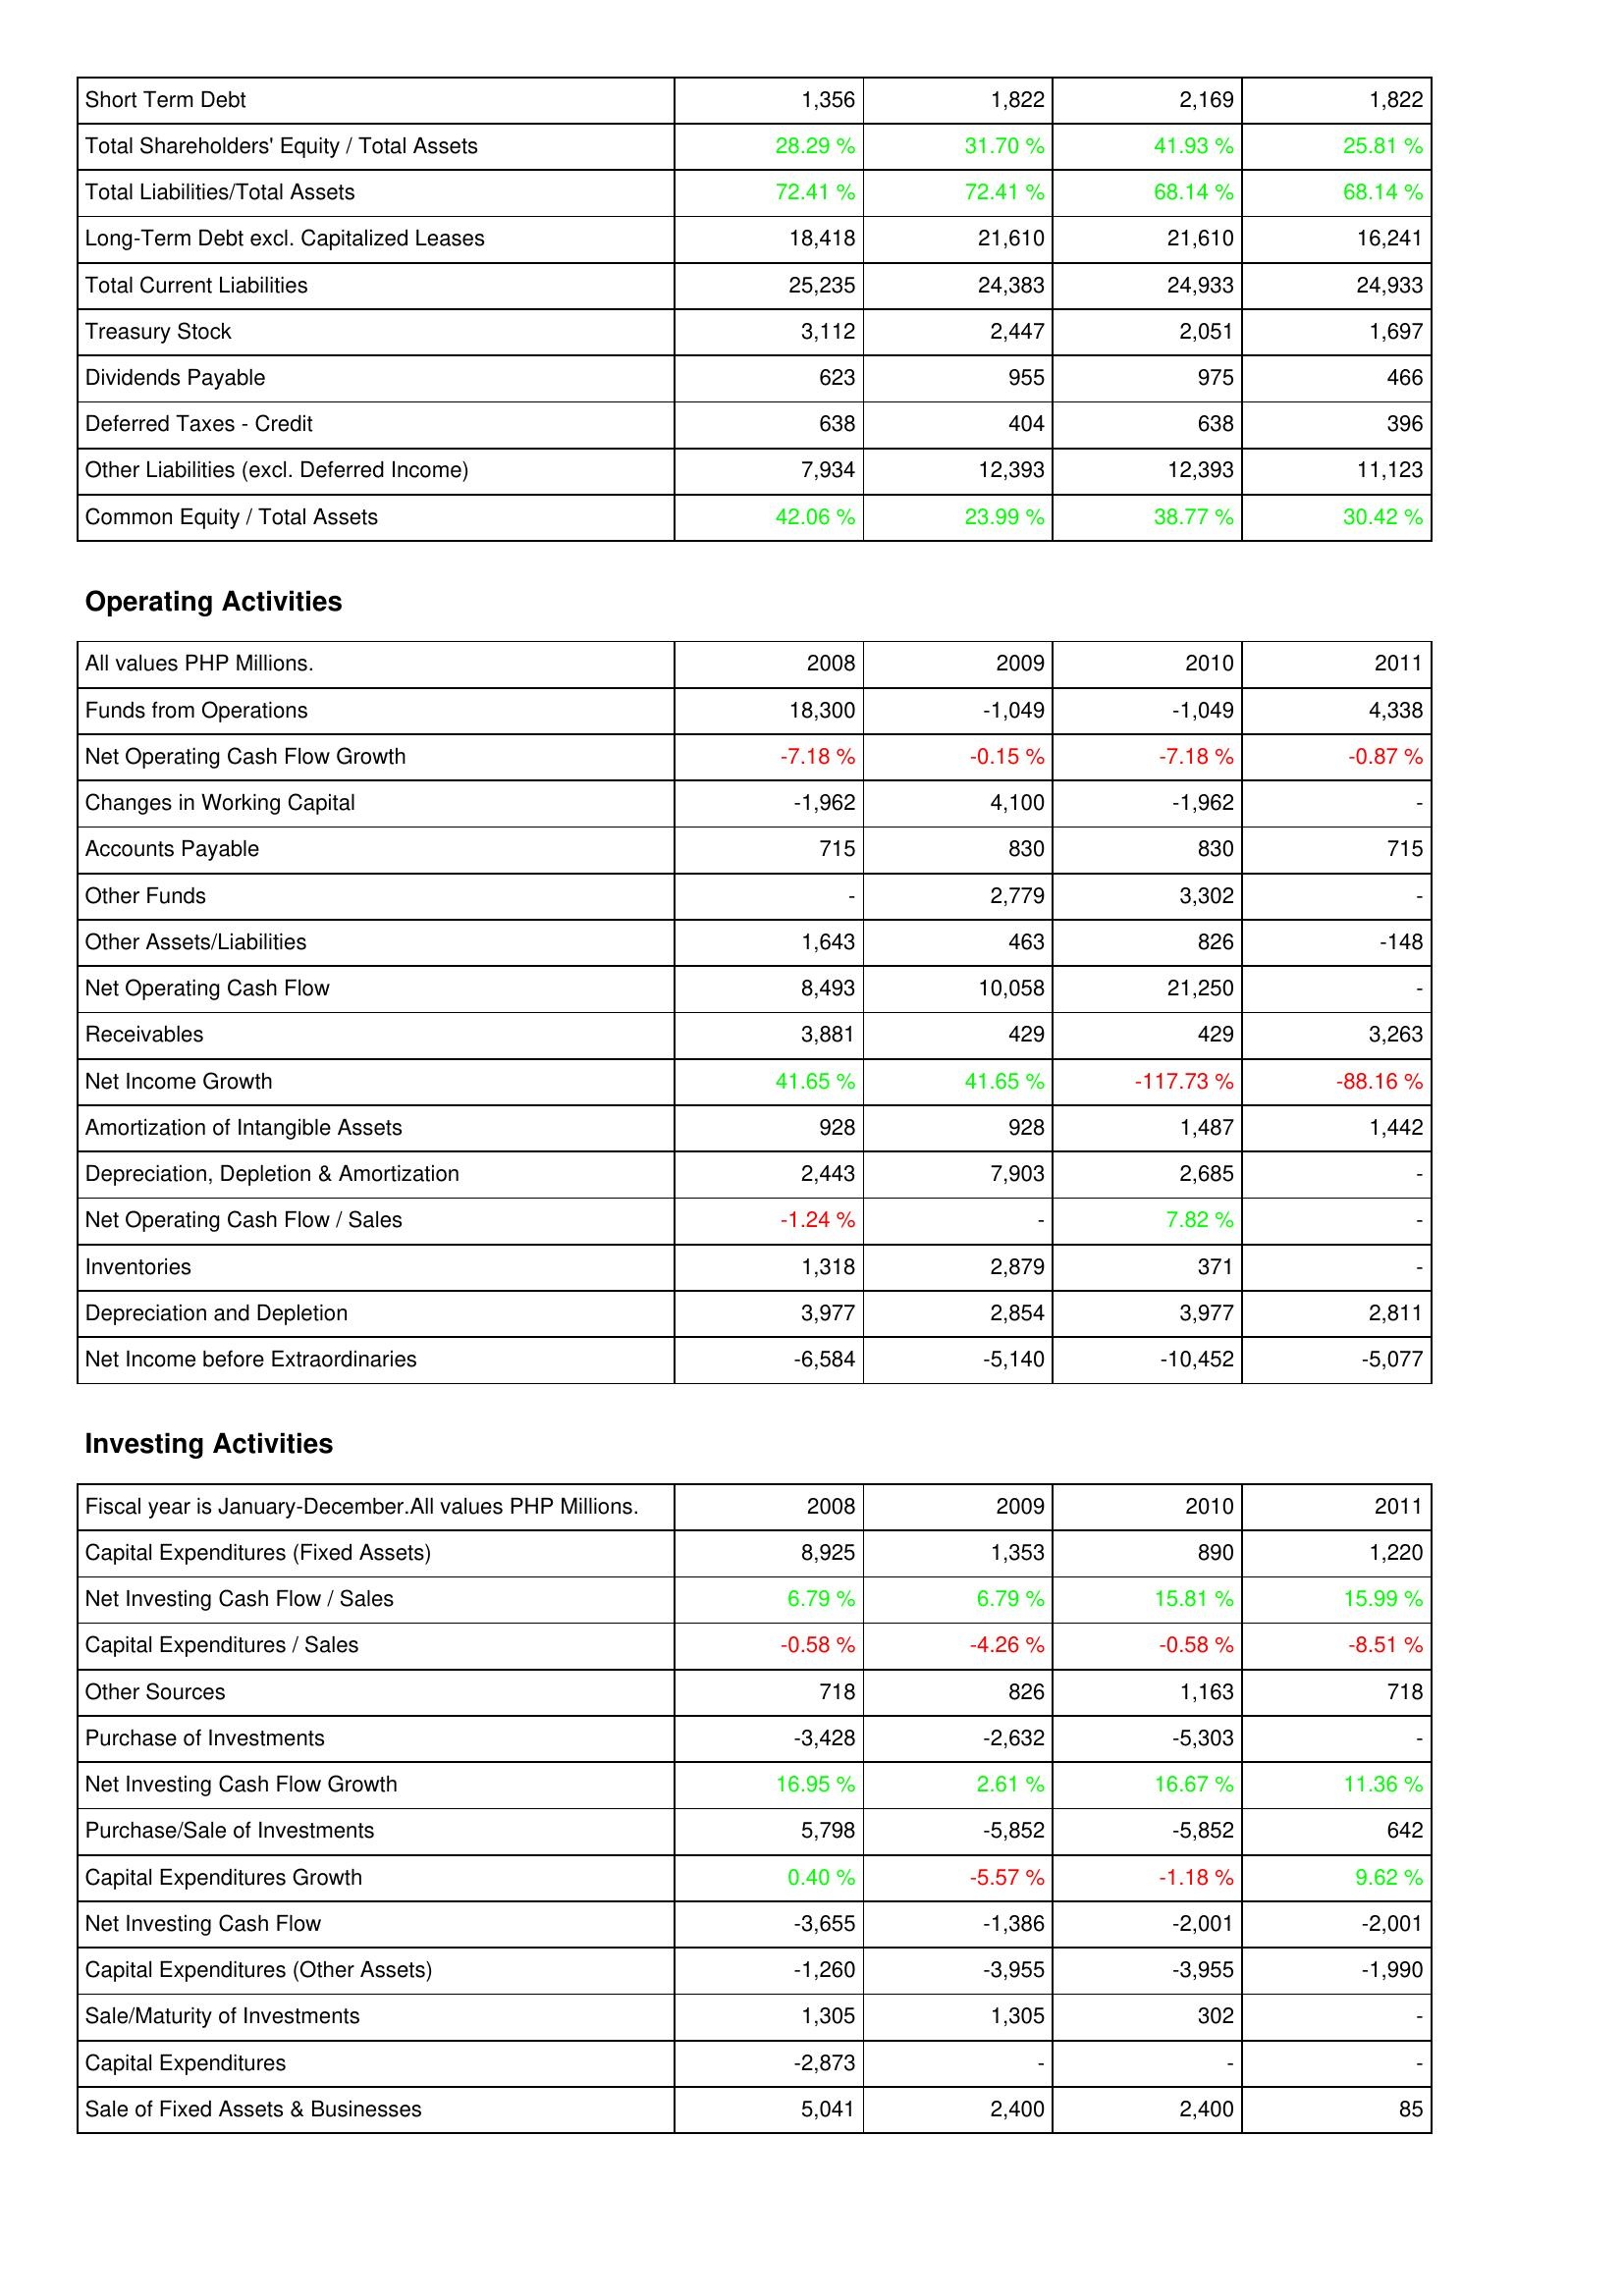
2008: Liabilities & Shareholders' Equity: Short Term Debt: 1,356
Total Shareholders' Equity / Total Assets: 28.29 %
Total Liabilities/Total Assets: 72.41 %
Long-Term Debt excl. Capitalized Leases: 18,418
Total Current Liabilities: 25,235
Treasury Stock: 3,112
Dividends Payable: 623
Deferred Taxes - Credit: 638
Other Liabilities (excl. Deferred Income): 7,934
Common Equity / Total Assets: 42.06 %
Operating Activities: Funds from Operations: 18,300
Net Operating Cash Flow Growth: -7.18 %
Changes in Working Capital: -1,962
Accounts Payable: 715
Other Funds: -
Other Assets/Liabilities: 1,643
Net Operating Cash Flow: 8,493
Receivables: 3,881
Net Income Growth: 41.65 %
Amortization of Intangible Assets: 928
Depreciation, Depletion & Amortization: 2,443
Net Operating Cash Flow / Sales: -1.24 %
Inventories: 1,318
Depreciation and Depletion: 3,977
Net Income before Extraordinaries: -6,584
Investing Activities: Capital Expenditures (Fixed Assets): 8,925
Net Investing Cash Flow / Sales: 6.79 %
Capital Expenditures / Sales: -0.58 %
Other Sources: 718
Purchase of Investments: -3,428
Net Investing Cash Flow Growth: 16.95 %
Purchase/Sale of Investments: 5,798
Capital Expenditures Growth: 0.40 %
Net Investing Cash Flow: -3,655
Capital Expenditures (Other Assets): -1,260
Sale/Maturity of Investments: 1,305
Capital Expenditures: -2,873
Sale of Fixed Assets & Businesses: 5,041
2009: Liabilities & Shareholders' Equity: Short Term Debt: 1,822
Total Shareholders' Equity / Total Assets: 31.70 %
Total Liabilities/Total Assets: 72.41 %
Long-Term Debt excl. Capitalized Leases: 21,610
Total Current Liabilities: 24,383
Treasury Stock: 2,447
Dividends Payable: 955
Deferred Taxes - Credit: 404
Other Liabilities (excl. Deferred Income): 12,393
Common Equity / Total Assets: 23.99 %
Operating Activities: Funds from Operations: -1,049
Net Operating Cash Flow Growth: -0.15 %
Changes in Working Capital: 4,100
Accounts Payable: 830
Other Funds: 2,779
Other Assets/Liabilities: 463
Net Operating Cash Flow: 10,058
Receivables: 429
Net Income Growth: 41.65 %
Amortization of Intangible Assets: 928
Depreciation, Depletion & Amortization: 7,903
Net Operating Cash Flow / Sales: -
Inventories: 2,879
Depreciation and Depletion: 2,854
Net Income before Extraordinaries: -5,140
Investing Activities: Capital Expenditures (Fixed Assets): 1,353
Net Investing Cash Flow / Sales: 6.79 %
Capital Expenditures / Sales: -4.26 %
Other Sources: 826
Purchase of Investments: -2,632
Net Investing Cash Flow Growth: 2.61 %
Purchase/Sale of Investments: -5,852
Capital Expenditures Growth: -5.57 %
Net Investing Cash Flow: -1,386
Capital Expenditures (Other Assets): -3,955
Sale/Maturity of Investments: 1,305
Capital Expenditures: -
Sale of Fixed Assets & Businesses: 2,400
2010: Liabilities & Shareholders' Equity: Short Term Debt: 2,169
Total Shareholders' Equity / Total Assets: 41.93 %
Total Liabilities/Total Assets: 68.14 %
Long-Term Debt excl. Capitalized Leases: 21,610
Total Current Liabilities: 24,933
Treasury Stock: 2,051
Dividends Payable: 975
Deferred Taxes - Credit: 638
Other Liabilities (excl. Deferred Income): 12,393
Common Equity / Total Assets: 38.77 %
Operating Activities: Funds from Operations: -1,049
Net Operating Cash Flow Growth: -7.18 %
Changes in Working Capital: -1,962
Accounts Payable: 830
Other Funds: 3,302
Other Assets/Liabilities: 826
Net Operating Cash Flow: 21,250
Receivables: 429
Net Income Growth: -117.73 %
Amortization of Intangible Assets: 1,487
Depreciation, Depletion & Amortization: 2,685
Net Operating Cash Flow / Sales: 7.82 %
Inventories: 371
Depreciation and Depletion: 3,977
Net Income before Extraordinaries: -10,452
Investing Activities: Capital Expenditures (Fixed Assets): 890
Net Investing Cash Flow / Sales: 15.81 %
Capital Expenditures / Sales: -0.58 %
Other Sources: 1,163
Purchase of Investments: -5,303
Net Investing Cash Flow Growth: 16.67 %
Purchase/Sale of Investments: -5,852
Capital Expenditures Growth: -1.18 %
Net Investing Cash Flow: -2,001
Capital Expenditures (Other Assets): -3,955
Sale/Maturity of Investments: 302
Capital Expenditures: -
Sale of Fixed Assets & Businesses: 2,400
2011: Liabilities & Shareholders' Equity: Short Term Debt: 1,822
Total Shareholders' Equity / Total Assets: 25.81 %
Total Liabilities/Total Assets: 68.14 %
Long-Term Debt excl. Capitalized Leases: 16,241
Total Current Liabilities: 24,933
Treasury Stock: 1,697
Dividends Payable: 466
Deferred Taxes - Credit: 396
Other Liabilities (excl. Deferred Income): 11,123
Common Equity / Total Assets: 30.42 %
Operating Activities: Funds from Operations: 4,338
Net Operating Cash Flow Growth: -0.87 %
Changes in Working Capital: -
Accounts Payable: 715
Other Funds: -
Other Assets/Liabilities: -148
Net Operating Cash Flow: -
Receivables: 3,263
Net Income Growth: -88.16 %
Amortization of Intangible Assets: 1,442
Depreciation, Depletion & Amortization: -
Net Operating Cash Flow / Sales: -
Inventories: -
Depreciation and Depletion: 2,811
Net Income before Extraordinaries: -5,077
Investing Activities: Capital Expenditures (Fixed Assets): 1,220
Net Investing Cash Flow / Sales: 15.99 %
Capital Expenditures / Sales: -8.51 %
Other Sources: 718
Purchase of Investments: -
Net Investing Cash Flow Growth: 11.36 %
Purchase/Sale of Investments: 642
Capital Expenditures Growth: 9.62 %
Net Investing Cash Flow: -2,001
Capital Expenditures (Other Assets): -1,990
Sale/Maturity of Investments: -
Capital Expenditures: -
Sale of Fixed Assets & Businesses: 85